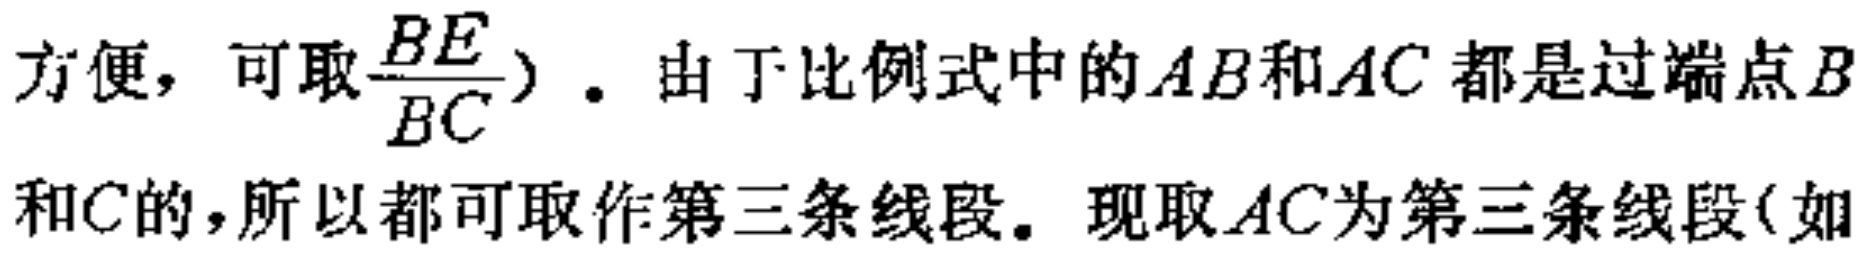
方便，可取$\frac{BE}{BC})$。由于比例式中的$AB$和$AC$都是过端点$B$和$C$的，所以都可取作第三条线段。现取$AC$为第三条线段(如